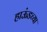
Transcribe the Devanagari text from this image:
हाऊंडच्या